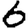
Digit: 6